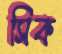
সিক